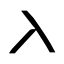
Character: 入